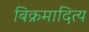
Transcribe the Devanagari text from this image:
बिक्रमादित्य